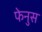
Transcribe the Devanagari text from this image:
फेनुस